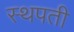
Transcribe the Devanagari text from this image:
स्थपती